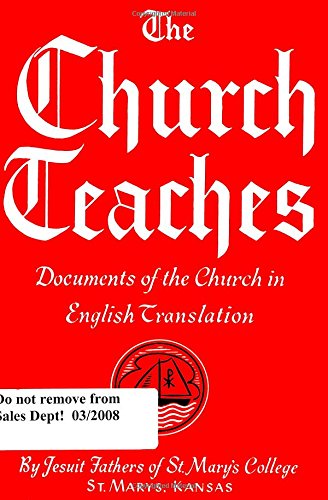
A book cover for The Church Teaches: Documents of the Church in English Translation; Christian Books & Bibles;